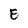
Character: E